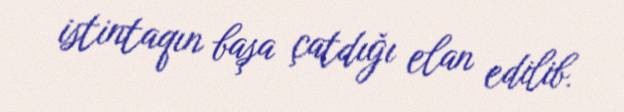
istintaqın başa çatdığı elan edilib.